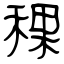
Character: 稞